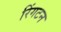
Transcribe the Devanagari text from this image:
रिंगटन